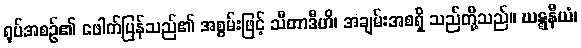
ရုပ်အစဉ်၏ ဖေါက်ပြန်သည်၏ အစွမ်းဖြင့် သီတာဒီဟိ၊ အချမ်းအစရှိ သည်တို့သည်။ ဃဋ္ဋနီယံ၊